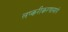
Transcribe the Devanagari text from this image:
लष्करीकरणामागे